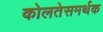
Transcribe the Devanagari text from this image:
कोलतेसमर्थक